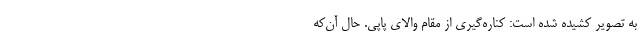
به تصویر کشیده شده است: کناره‌گیری از مقام والای پاپی. حال آن‌که